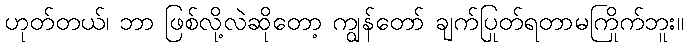
ဟုတ်တယ်၊ ဘာ ဖြစ်လို့လဲဆိုတော့ ကျွန်တော် ချက်ပြုတ်ရတာမကြိုက်ဘူး။